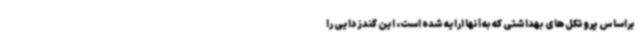
براساس پروتکل‌های بهداشتی که به آنها ارایه شده است، این گندزدایی را